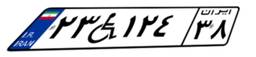
۲۳W۱۲۴۳۸